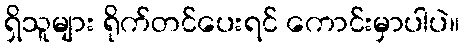
ရှိသူများ ရိုက်တင်ပေးရင် ကောင်းမှာပါပဲ။